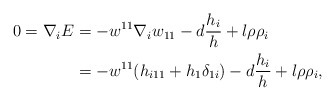
\begin{align*}0=\nabla_{i}E&=-w^{11}\nabla_{i}w_{11}-d\frac{h_{i}}{h}+l\rho\rho_{i}\\&=-w^{11}(h_{i11}+h_{1}\delta_{1i})-d\frac{h_{i}}{h}+l\rho\rho_{i},\end{align*}